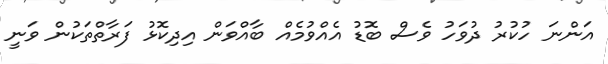
އަންނަ ހުކުރު ދުވަހު ވެސް ބޮޑު އެއްވުމެއް ބާއްވަން އިދިކޮޅު ފަރާތްތަކުން ވަނީ